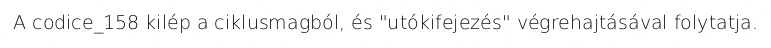
A codice_158 kilép a ciklusmagból, és "utókifejezés" végrehajtásával folytatja.